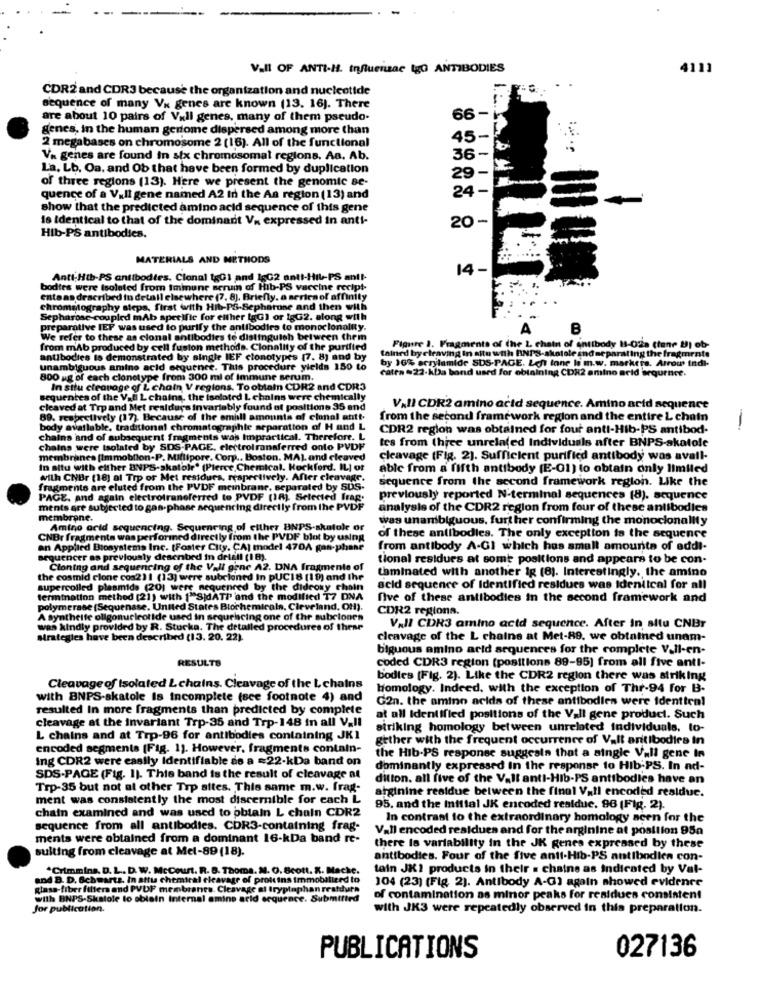
Vall OF ANTI-H. Influenzae tgo ANTIBODIES
4111
CDR2 and CDR3 because the organization and nucleotide
sequence of many Va genes are known (13. 16). There
are about 10 pairs of Vall genes, many of them pseudo-
66 -1
genes, in the human genome dispersed among more than
45-
2 megabases on chromosome 2 (16). All of the functional
Va genes are found In six chromosomal regions. Aa. Ab.
36-
La, Lb. Oa. and Ob that have been formed by duplication
29-
of three regions (13). Here we present the genomic se-
24
-
quence of a V.Il gene named A2 in the Aa region (13) and
show that the predicted amino acid sequence of this gene
is identical to that of the dominant Va expressed in anti-
20
Hib-PS antibodies.
MATERIALS AND METHODS
14-
Anti-Hib-PS antibodies. Clonal 1gG1 and 16G2 anti-Hil-PS ant !-
bodies were isolated from immune serum of Hib-PS vaccine recipt-
entaas described in detail elsewhere (7, 8), Briefly. a series of af
chromatography steps, first with Hib-PS-Sepharuse and then with
Sepharose-coupled mAb specific for either IgG) or 1gG2. along with
preparative IEP was used to purify the antibodies to monoclonality.
A
B
We refer to these as cional antibodies te distinguish between them
from mAb produced by cell fusion methods. Clonality of the purified
tained by cleaving in situ with BNPS-skotole and separating the fragmente
Figure 1. Fragments of the 2 chain of antibody 1-02a (tane !) ob-
antibodies is demonstrated by single IEF cionotypes (7. 8) and by
by 16% acrylamide SUS-PAGE. Left lane li m.w. markera. Arrow indi-
unambiguous amino acid sequence. This procedure yields 150 to
catra -22-kba band used for obtaining CDX2 amino acid sequence.
800 ug of each clonetype from 300 ml of Immune serum.
In situ cleavage of L chain V regions. To obtain CDR2 and CDR3
R2 ar
DR3
quentes of the Val L chains, the isalot
cleaved at Trp and Met residuys Invariably found of positions 35 and
VAII CDR2 amino acid sequence. Amino acid sequence
89. respectively (17). Because of the small amounts of clonal antt.
from the second framework region and the entire L chain
body available, traditional chromatographie separation of H and L
CDR2 region was obtained for four anti-Hib-PS antibod-
chains and of subsequent fragments was Impractical. Therefore. L
tes from (hice unrelated Individuals after BNPS-skatole
chains were tsolated by SDS-PAGE, electrotransferred onto PVDF
on-P. Millipore. Cor
cleavage (Fig. 2). Sufficient purified antibody was avail-
In situ with either BNPS-skatole' (Plerce,Chemical. Rockford. IL] of
able from a fifth antibody [E-01) to obtain only limited
with CNBr (18) al Trp or Met restours, respectively. After cleavage.
sequence from the second framework region. Like the
fragments are eluted from the PVDF meinbrane, separated by SUS-
ted by SUS-
PAGE, and again electrotransferred to PVDF (18) Selected frag.
previously reported N-terminal sequences (8). sequence
ments are subjected to gas-phase sequencing directly from the PVDF
Ily from the PVDF
analysis of the CDR2 region from four of these antibodies
membrane.
was unambiguous, further confirming the monocionality
Amino acid sequencing. Sequencing of either BNPS-skatole or
er BNPS-skatale of
CNBr fragmenta was perforined directly from the PVDF blot by using
PVDF blot by using
of these antibodies. The only exception to the sequence
an Applied Biosystems Inc. [Foster City, CA] model 470A gas-phone
470A gas-phane
from antibody A-Gi which has small amounts of addi-
sequencer as previously described in detall (18).
tional residues at some positions and appears to be con-
Cloning and sequencing of the Vall gene A2. DNA fragmente of
taminated with another ig (8). Interestingly, the amino
the cosmid clone cos211 (13) were subcloned In pUCI8 (19) and Ihr
supercoiled plasmids (20) were nequenred by the didroky chain
acid sequence of Identified residues was identical for all
termination method (21) with 1"SjdATI and the modified T7 DNA
five of these antibodies in the second framework and
polymerase (Sequenase. United States Blochemicals, Cleveland, OH).
CDR2 regiona.
A syntheife oligonucleotide used in sequencing one of the subciones
was kindly provided by R. Stucka. The detailed procedures of thear
Vall CDR3 amino acid sequence. After in allu CNBr
strategies have been described (13. 20. 22).
cleavage of the L chains at Met-89. we obtained unam-
biguous amino acid sequences for the complete Vall-en-
RESULTS
coded CDR3 region (positions 89-95) from all five anti-
bodies (Fig. 2). Like the CDR2 region there was striking
Cleavage of Isolated L chains. Cleavage of the L chains
Homology. Indeed. with the exception of Thr-94 for B-
with BNPS-skatole is incomplete (see footnote 4) and
G2n. the amino acids of these antibodies were identten!
resulted In more fragments than predicted by complete
cleavage at the Invariant Trp-35 and Trp-148 in all V.Il
at all Identified positions of the Vall gene product. Such
striking homology between unrelated individuals, to-
L chains and at Trp-96 for antibodies containing JKI
gether with the frequent occurrence of Valt antibodies in
encoded segments (Fig. 1). However, fragments contain-
Ing CDR2 were easily Identifiable de a =22-kDa band on
the Hib-PS response suggests that a single Vall gene in
dominantly expressed in the response to Hib-PS. In ad-
SDS-PAGE (Fig. 1). This band is the result of cleavage at
dillon. all five of the Valt anti-Hib-PS antibodies have an
Trp-35 but not at other Trp sites. This same m.w. frag-
arginine residue between the final Vall encoded residue.
ment was consistently the most discernible for each L
chain examined and was used to obtain L chain CDR2
95. and the Initial JK encoded residue. 96 (Fig. 2).
In contrast to the extraordinary homology acen for the
sequence from all antibodies. CDR3-containing frag-
Vall encoded residues and for the arginine at position 95a
ments were obtained from a dominant 16-kDa band re-
sulting from cleavage at Mel-89 (18).
there is variability in the JK genes expressed by these
antibodies. Four of the five anti-Hib-PS antibodies con-
*Crimmins. D. L .. D. W. McCourt. R. S. Thoma. N. G. Scott. X. Mache.
tain JKI products in their . chaine as indicated by Val-
and B. D. Schwartz. In attus chemical cleavage of proteins immobilierd to
104 (23) (Fig. 2). Antibody A-G) again showed evidence
glass-fiber filters and PVDF membranes. Cleavage al tryptophan reatduta
with BNPS-Skstole to oblain Internal amino arid erquence. Submitted
of contamination as minor peaks for residues consistent
Jor publication.
with JK3 were repeatedly observed in this preparation.
PUBLICATIONS
027136